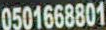
0501668801